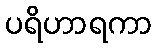
ပရိဟာရကာ